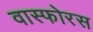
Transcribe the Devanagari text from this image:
वास्फोरस